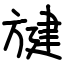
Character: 旔